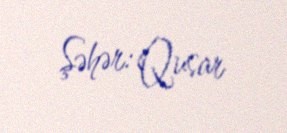
Şəhər: Qusar